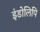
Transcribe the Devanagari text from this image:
इंडोलिपि